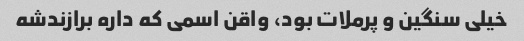
خیلی سنگین و پرملات بود، واقن اسمی که داره برازندشه